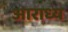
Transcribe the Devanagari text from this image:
अाराध्य